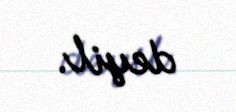
deyil.